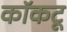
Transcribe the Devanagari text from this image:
कॉकटू